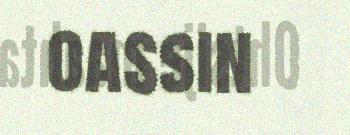
oassin